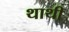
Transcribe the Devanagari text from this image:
थाथी